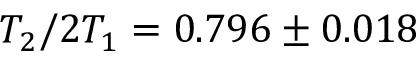
T _ { 2 } / 2 T _ { 1 } = 0 . 7 9 6 \pm 0 . 0 1 8